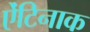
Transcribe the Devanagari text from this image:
ऐंटिनाक